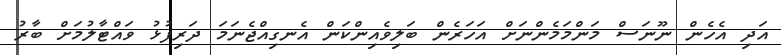
އަދި އެހެން ނޫނަސް މަންމަމެންނަށް އަހަރެން ބަލިވެއިންކަން އެނގިއްޖެނަމަ ދަރިފުޅު ވައްޓާލުމަށް ބާރު